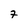
Character: 7